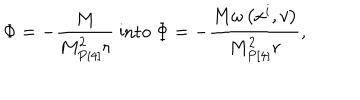
LaTeX: \Phi = - \frac { M } { M _ { P [ 4 ] } ^ { 2 } r } \mathrm { ~ i n t o ~ } \Phi = - \frac { M \omega \left( x ^ { i } , v \right) } { M _ { P [ 4 ] } ^ { 2 } r } ,